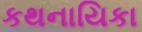
કથનાયિકા